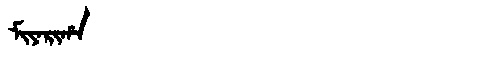
Manchu: ᠮᡳᠶᠠᡵᡳᡥᠠ
Romanization: MIYARIHA